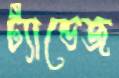
ট্যান্ডেজ